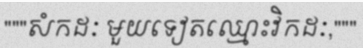
"""សំកដៈ មួយទៀតឈ្មោះវិកដៈ,"""